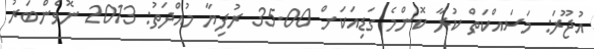
އުޖޫރަ: މަސައްކަތް ކުރާ ކޮންމެ ގަޑިއަކަށް 35.00 ރުފިޔާ މުއްދަތު: 2013 ނޮވެންބަރު